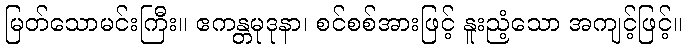
မြတ်သောမင်းကြီး။ ဧကန္တမုဒုနာ၊ စင်စစ်အားဖြင့် နူးညံ့သော အကျင့်ဖြင့်။